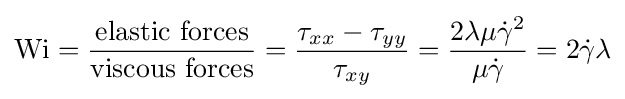
{\text{Wi}}={\dfrac {\mbox{elastic forces}}{\mbox{viscous forces}}}={\frac {\tau _{xx}-\tau _{yy}}{\tau _{xy}}}={\frac {2\lambda \mu {\dot {\gamma }}^{2}}{\mu {\dot {\gamma }}}}=2{\dot {\gamma }}\lambda